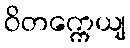
ဝိတက္ကေယျ